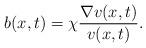
LaTeX: \begin{align*} b(x,t)=\chi\frac{\nabla v(x,t)}{v(x,t)}. \end{align*}